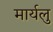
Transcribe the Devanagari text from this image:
मार्यलु